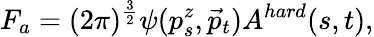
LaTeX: F_{a}=(2\pi)^{{\frac{3}{2}}}\psi(p_{s}^{z},\vec{p}_{t})A^{hard}(s,t),